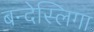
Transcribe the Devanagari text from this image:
बन्देस्लिगा